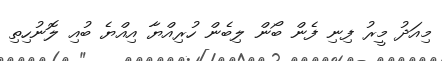
މިއަދު މީރު ފިނި ފެން ބޯން ލިބެން ހުރިއްޔާ އިއްޔެ ބުއި ލޮނުހިތި